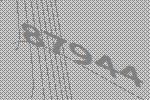
87944